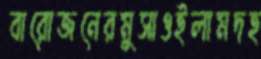
বারোজনেরমুসাওইলামদহ